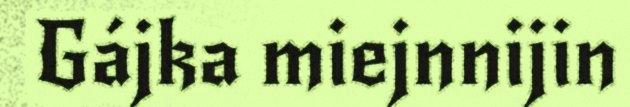
Gájka miejnnijin